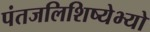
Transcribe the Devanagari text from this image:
पंतजलिशिष्येभ्यो